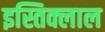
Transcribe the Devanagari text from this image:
इस्तिक्लाल